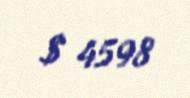
$ 4598